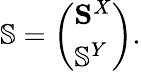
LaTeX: \mathbb{S}=\left(\begin{array}{l}{{\mathbf S}^{X}}\\ {\mathbb{S}^{Y}}\end{array}\right).